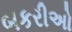
બકરીઅો